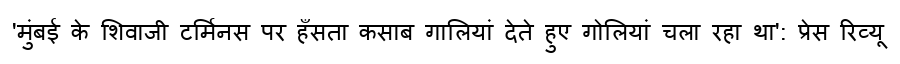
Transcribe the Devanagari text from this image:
'मुंबई के शिवाजी टर्मिनस पर हँसता कसाब गालियां देते हुए गोलियां चला रहा था': प्रेस रिव्यू